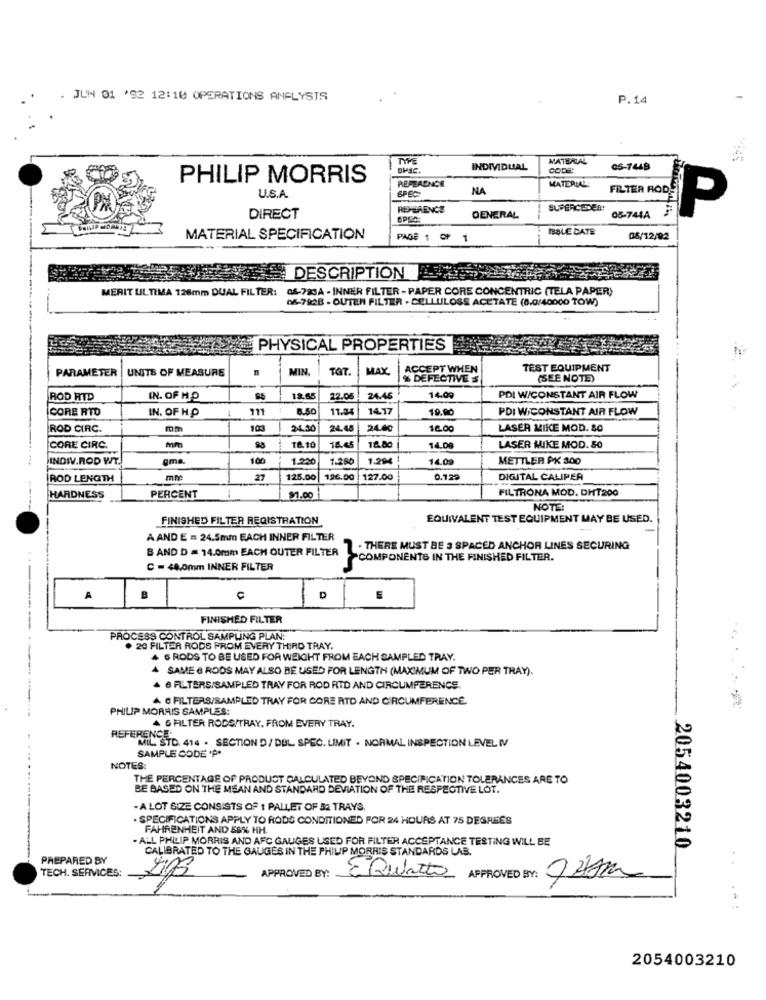
JUN 01 '92 12:10 OPERATIONS ANALYSTS
P.14
TYPE
MATERIAL
OHSC.
INDIVIDUAL
CODE:
05-7449
PHILIP MORRIS
SPEC!
NA
MATERIAL
FILTER ROD
U.S.A.
REFERENCE
SUPERCEDER!
DIRECT
GENERAL
08-744A
P
ISOLE DATE
MATERIAL SPECIFICATION
PAGE 1 OF1
05/12/92
DESCRIPTION
MERIT ULTIMA 128mm DUAL FILTER:
06-783A- INNER FILTER - PAPER CORE CONCENTRIC (TELA PAPER)
06-7828-OUTER FILTER . CELLULOSE ACETATE (8.0/40000 TOW)
PHYSICAL PROPERTIES
PARAMETER
UNITS OF MEASURE
MIN.
TOT.
MAX
ACCEPT WHEN
TEST EQUIPMENT
& DEFECTIVE s
(SEE NOTE)
ROD HTD
IN. OF HO
18.65
22.06
24.46
14.09
PDI W/CONSTANT AIR FLOW
CORE RTD
IN. OF H.P
111
8.50
11.3
14.17
19.90
PDI WICONSTANT AIR FLOW
ROD CIRC.
100
24.30
24.42
2440
16.00
LASER MIKE MOD. 80
mm
CORE CIRC.
12.10
16.45
18.80
14.06
LASER MIKE MOD. 50
INDIV.ROD WT.
gmo.
100
1.220
1.280
1.204
14.09
METTLER PK 300
ROD LENGTH
mm
27
125.00
196.00
127.00
0.129
DIGITAL CALIPER
FILTRONA MOD. DHT200
HARDNESS
PERCENT
$1.00
NOTE:
FINISHED FILTER REGISTRATION
EQUIVALENT TEST EQUIPMENT MAY BE USED.
A AND E = 24.5mm EACH INNER FILTER
. THERE MUST BE 3 SPACED ANCHOR LINES SECURING
$ AND D = 14.0mm EACH OUTER FILTER COMPONENTS IN THE FINISHED FILTER.
C = 40,0mm INNER FILTER
A
B
D
FINISHED FILTER
PROCESS CONTROL SAMPLING PLAN:
. 20 FILTER RODS FROM EVERY THIRD TRAY.
4 G RODS TO BE USED FOR WEIGHT FROM EACH SAMPLED TRAY.
4 SAVE & RODS MAY ALSO BE USED FOR LENGTH (MAXIMUM OF TWO PER TRAY).
4 6 FILTERS/SAMPLED TRAY FOR ROD RTD AND CIRCUMFERENCE.
& C FILTERS/SAMPLED TRAY FOR CORE RTD AND CIRCUMFERENCE.
PHILIP MORRIS SAMPLES:
4 6 FILTER RODS/TRAY, FROM EVERY TRAY.
REFERENC
MIL STD. 414 . SECTION D/ DEL SPEC. LIMIT . NORMAL INSPECTION LEVEL IV
SAMPLE CODE .P.
NOTES:
THE PERCENTAGE OF PRODUCT CALCULATED BEYOND SPECIFICATION TOLERANCES ARE TO
BE BASED ON THE MEAN AND STANDARD DEVIATION OF THE RESPECTIVE LOT.
-A LOT SIZE CONSISTS OF 1 PALLET OF 52 TRAYS.
. SPECIFICATIONS APPLY TO RODS CONDITIONED FOR 24 HOURS AT 75 DEGREES
FAHRENHEIT AND 56% HH.
- ALL PHILIP MORRIS AND AFC GAUGES USED FOR FILTER ACCEPTANCE TESTING WILL BE
2054003210
PREPARED BY
CALIBRATED TO THE GAUGES IN THE PHILIP MORRIS STANDARDS LAS.
..
TECH. SERVICES:
APPROVED BY:
E Quatto APPROVED BY:
..:
2054003210